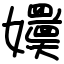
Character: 嬽